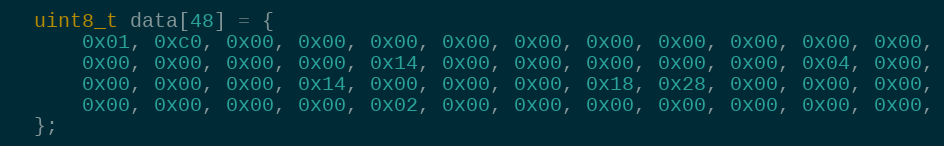
Language: C
  uint8_t data[48] = {
      0x01, 0xc0, 0x00, 0x00, 0x00, 0x00, 0x00, 0x00, 0x00, 0x00, 0x00, 0x00,
      0x00, 0x00, 0x00, 0x00, 0x14, 0x00, 0x00, 0x00, 0x00, 0x00, 0x04, 0x00,
      0x00, 0x00, 0x00, 0x14, 0x00, 0x00, 0x00, 0x18, 0x28, 0x00, 0x00, 0x00,
      0x00, 0x00, 0x00, 0x00, 0x02, 0x00, 0x00, 0x00, 0x00, 0x00, 0x00, 0x00,
  };